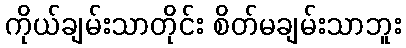
ကိုယ်ချမ်းသာတိုင်း စိတ်မချမ်းသာဘူး